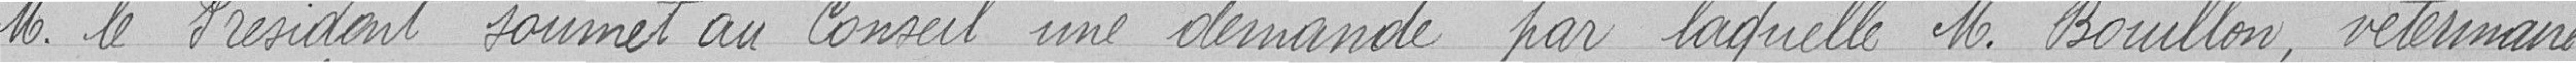
Monsieur le Président soumet au Conseil une demande par laquelle Monsieur Bouillon, vétérinaire